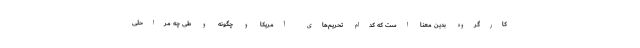
کارگروه بدین معنا است که کدام تحریم‌های آمریکا و چگونه و طی چه مراحلی